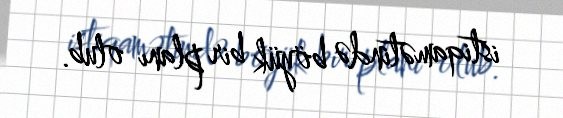
istiqamətində böyük bir planı olub.